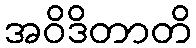
အဝိဒိတာတိ